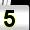
Digit: 5